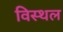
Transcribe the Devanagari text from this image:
विस्थल